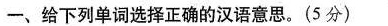
-、给下列单词选择正确的汉语意思。(5分)